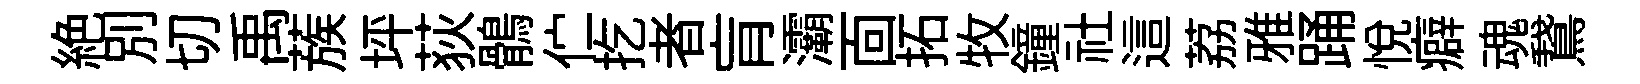
絶别切禹蔟坪荻鶻伫扢者肓灞靣拓牧鐘社這荔雅踊悅癖魂鵞